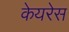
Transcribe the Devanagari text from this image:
केयरेस